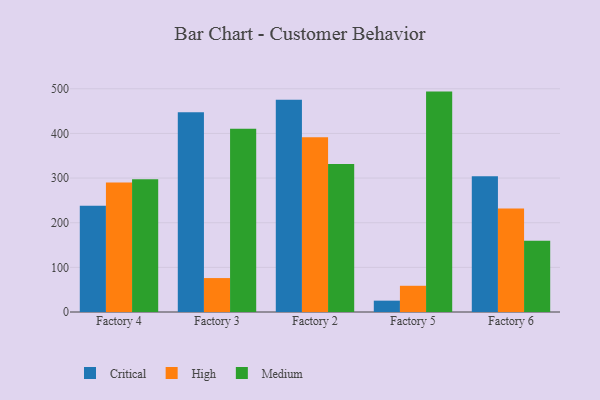
{"axis": {"x": "Factory", "y": "Satisfaction Score"}, "legend": ["Critical", "High", "Medium"], "data": [{"x": "Factory 4", "y": 237.9, "type": "Critical"}, {"x": "Factory 4", "y": 290.3, "type": "High"}, {"x": "Factory 4", "y": 297.6, "type": "Medium"}, {"x": "Factory 3", "y": 447.6, "type": "Critical"}, {"x": "Factory 3", "y": 76.0, "type": "High"}, {"x": "Factory 3", "y": 410.5, "type": "Medium"}, {"x": "Factory 2", "y": 475.2, "type": "Critical"}, {"x": "Factory 2", "y": 391.4, "type": "High"}, {"x": "Factory 2", "y": 331.7, "type": "Medium"}, {"x": "Factory 5", "y": 25.4, "type": "Critical"}, {"x": "Factory 5", "y": 58.7, "type": "High"}, {"x": "Factory 5", "y": 493.7, "type": "Medium"}, {"x": "Factory 6", "y": 304.3, "type": "Critical"}, {"x": "Factory 6", "y": 231.8, "type": "High"}, {"x": "Factory 6", "y": 159.8, "type": "Medium"}]}